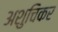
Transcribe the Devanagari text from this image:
अशुचिकर